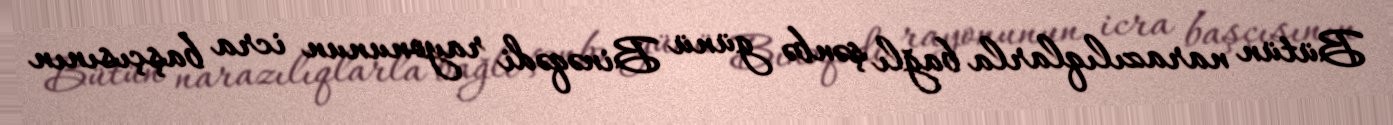
Bütün narazılıqlarla bağlı şənbə günü Binəqədi rayonunun icra başçısının